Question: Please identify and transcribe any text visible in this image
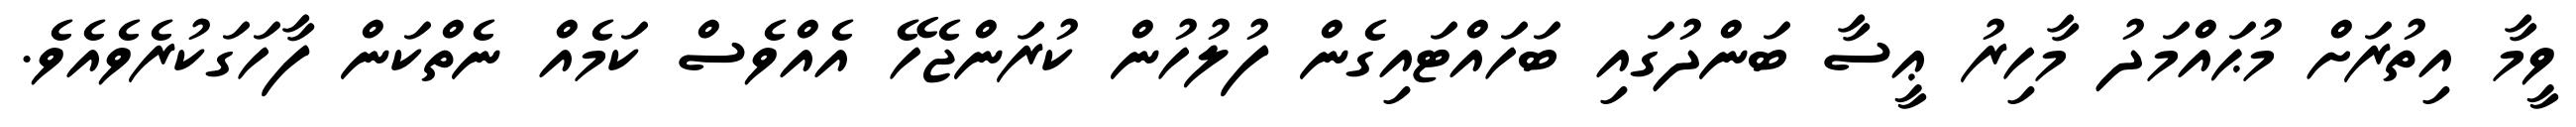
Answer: ވީމާ އިތުރަށް މުޙައްމަދު މާހިރު ޢީސާ ބަންދުގައި ބަހައްޓައިގެން ފުލުހުން ކުރަންޖެހޭ އެއްވެސް ކަމެއް ނެތްކަން ފާހަގަކުރެވެއެވެ.